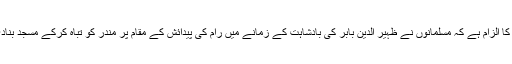
ہندوؤں کا الزام ہے کہ مسلمانوں نے ظہیر الدین بابر کی بادشاہت کے زمانے میں رام کی پیدائش کے مقام پر مندر کو تباہ کرکے مسجد بنادی تھی۔